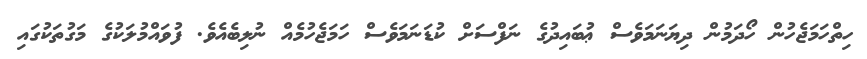
ހިތްހަމަޖެހުން ހޯދަމުން ދިޔަނަމަވެސް ޢުބައިދުގެ ނަފްސަށް ކުޑަނަމަވެސް ހަމަޖެހުމެއް ނުލިބެއެވެ. ފުވައްމުލަކުގެ މަގުތަކުގައި